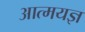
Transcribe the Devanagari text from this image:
आत्मयज्ञ